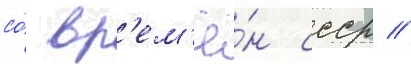
со́ вр'ем'ё́н ссср //